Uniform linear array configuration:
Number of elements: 32
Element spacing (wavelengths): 0.25
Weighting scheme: uniform
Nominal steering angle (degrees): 45
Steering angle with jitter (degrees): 44.221
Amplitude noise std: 0.05
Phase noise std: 0.05

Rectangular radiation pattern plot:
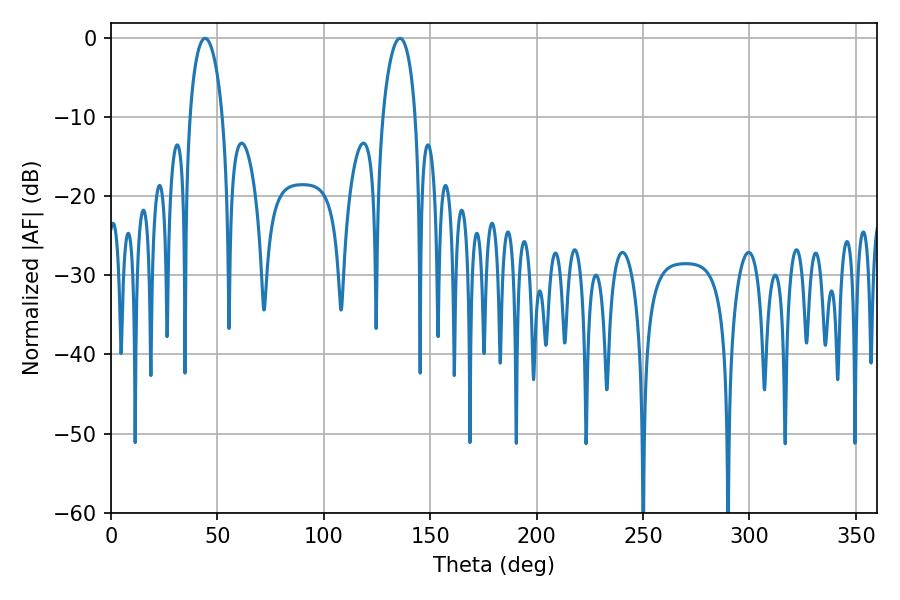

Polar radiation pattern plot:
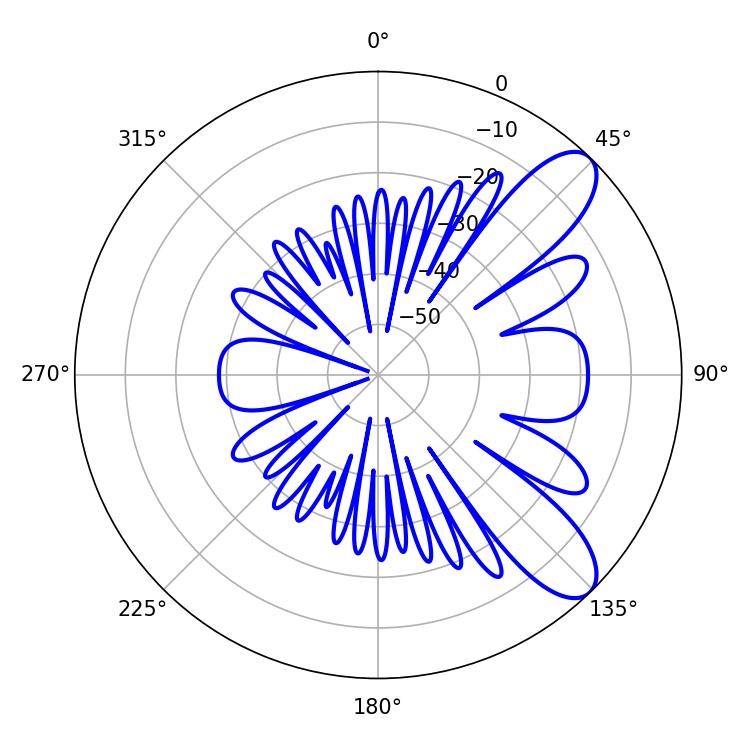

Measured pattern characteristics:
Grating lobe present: FALSE
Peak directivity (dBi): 9.135
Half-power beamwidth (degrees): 8.82
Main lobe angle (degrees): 44.28